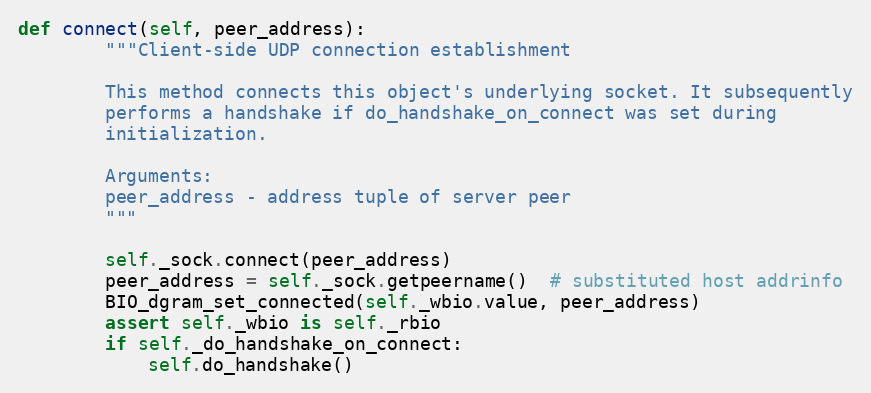
Language: Python
def connect(self, peer_address):
        """Client-side UDP connection establishment

        This method connects this object's underlying socket. It subsequently
        performs a handshake if do_handshake_on_connect was set during
        initialization.

        Arguments:
        peer_address - address tuple of server peer
        """

        self._sock.connect(peer_address)
        peer_address = self._sock.getpeername()  # substituted host addrinfo
        BIO_dgram_set_connected(self._wbio.value, peer_address)
        assert self._wbio is self._rbio
        if self._do_handshake_on_connect:
            self.do_handshake()